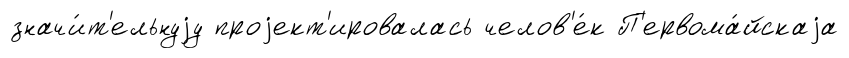
значи́т'ельнуjу проjект'ировалась челов'е́к П'ервома́йскаjа